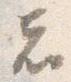
者